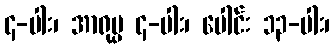
၄-ပါး၊ အာရုပ္ပ ၄-ပါး၊ ပေါင်း ၁၃-ပါး၊